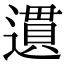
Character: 遦